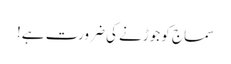
سماج کو جوڑنے کی ضرورت ہے!